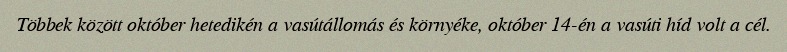
Többek között október hetedikén a vasútállomás és környéke, október 14-én a vasúti híd volt a cél.